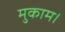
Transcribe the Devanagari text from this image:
मुकाम।